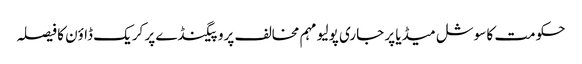
حکومت کا سوشل میڈیا پر جاری پولیو مہم مخالف پروپیگنڈے پر کریک ڈاؤن کا فیصلہ